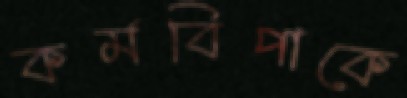
কর্মবিপাকে